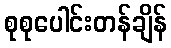
စုစုပေါင်းတန်ချိန်